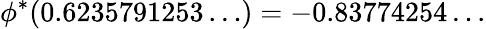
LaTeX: \phi^{\ast}(0.6235791253\ldots)=-0.83774254\ldots